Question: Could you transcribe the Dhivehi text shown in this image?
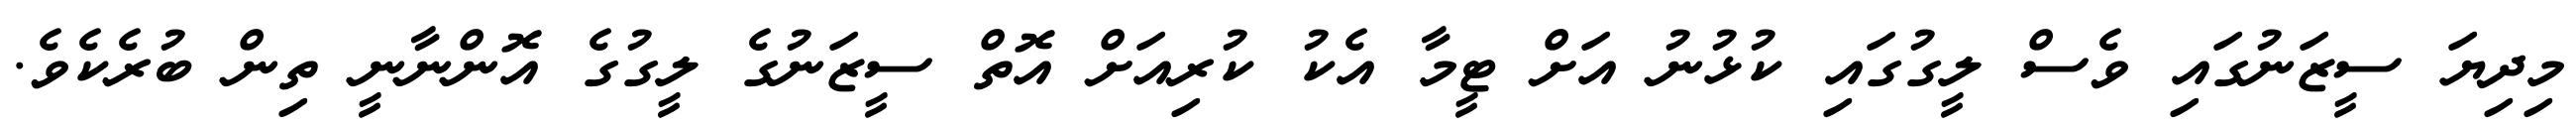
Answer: މިދިޔަ ސީޒަނުގައި ވެސް ލީގުގައި ކުޅުނު އަށް ޓީމާ އެކު ކުރިއަށް އޮތް ސީޒަނުގެ ލީގުގެ އޮންނާނީ ތިން ބުރެކެވެ.